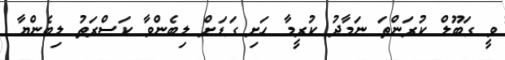
ވީ ގަބޫލް ކުރަންތަ ނަމާދު ކުރީމާ ހަށި ގަޑަށް ލިބެންވާ ކަސްރަތު ލިބެންޔާ